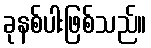
ခုနစ်ပါးဖြစ်သည်။